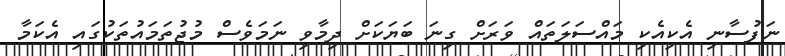
ނަފުސާނި އެކިއެކި މައްސަލަތައް ވަރަށް ގިނަ ބަޔަކަށް ދިމާވި ނަމަވެސް މުޖުތަމައުތަކުގައި އެކަމާ